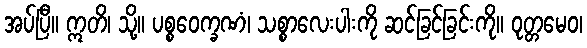
အပ်ပြီ။ ဣတိ၊ သို့။ ပစ္စဝေက္ခဏံ၊ သစ္စာလေးပါးကို ဆင်ခြင်ခြင်းကို။ ဝုတ္တမေဝ၊